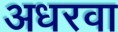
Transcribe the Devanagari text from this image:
अधरवा